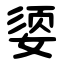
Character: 媭